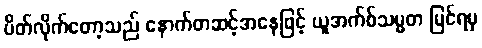
ပိတ်လိုက်တော့သည် နောက်တဆင့်အနေဖြင့် ယူအက်စ်သမ္မတ မြင်ရမှ